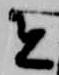
者